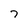
Character: 7